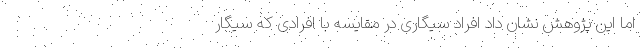
اما این پژوهش نشان داد افراد سیگاری در مقایسه با افرادی که سیگار